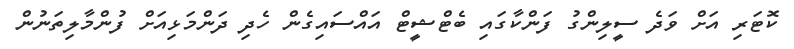
ކޮޓަރި އަށް ވަދެ ސީލިންގު ފަންކާގައި ބެޓްޝީޓް އައްސައިގެން ހެދި ދަންމަޅިއަށް ފުންމާލިތަނުން